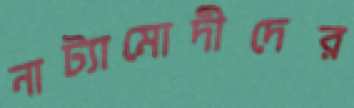
নাট্যামোদীদের